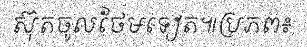
ស៊ុតចូលថែមទៀត៕ប្រភព៖